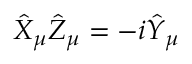
\hat { X } _ { \mu } \hat { Z } _ { \mu } = - i \hat { Y } _ { \mu }